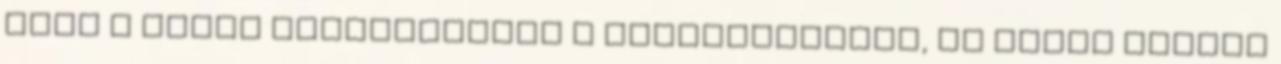
hogy a végén megkaphassák a bűnbocsánatot, és egész életük